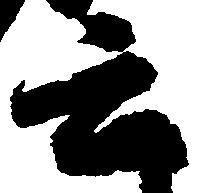
云